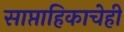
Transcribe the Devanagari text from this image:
साप्ताहिकाचेही